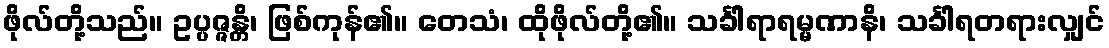
ဖိုလ်တို့သည်။ ဥပ္ပဇ္ဇန္တိ၊ ဖြစ်ကုန်၏။ တေသံ၊ ထိုဖိုလ်တို့၏။ သင်္ခါရာရမ္မဏာနိ၊ သင်္ခါရတရားလျှင်